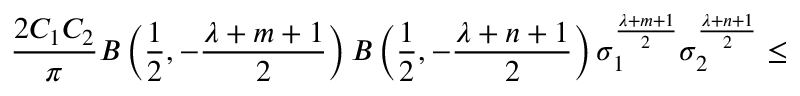
\frac { 2 C _ { 1 } C _ { 2 } } { \pi } { \cal B } \left( \frac { 1 } { 2 } , - \frac { \lambda + m + 1 } { 2 } \right) { \cal B } \left( \frac { 1 } { 2 } , - \frac { \lambda + n + 1 } { 2 } \right) { \sigma } _ { 1 } ^ { \frac { \lambda + m + 1 } { 2 } } { \sigma } _ { 2 } ^ { \frac { \lambda + n + 1 } { 2 } } \leq